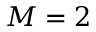
M = 2